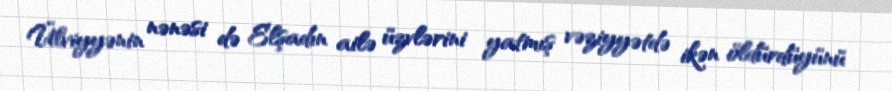
Ülviyyənin nənəsi də Elşadın ailə üzvlərini yatmış vəziyyətdə ikən öldürdüyünü